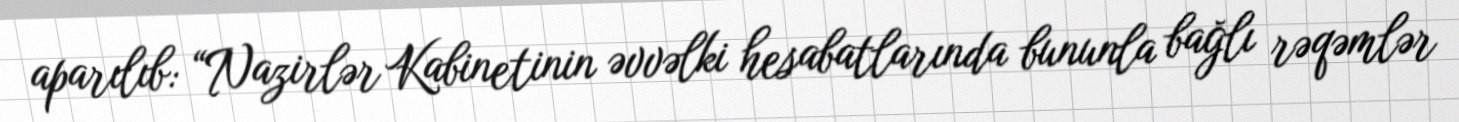
aparılıb: “Nazirlər Kabinetinin əvvəlki hesabatlarında bununla bağlı rəqəmlər